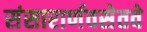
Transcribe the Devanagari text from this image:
संसारार्णवसेतवे